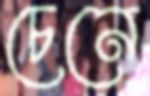
চেনে